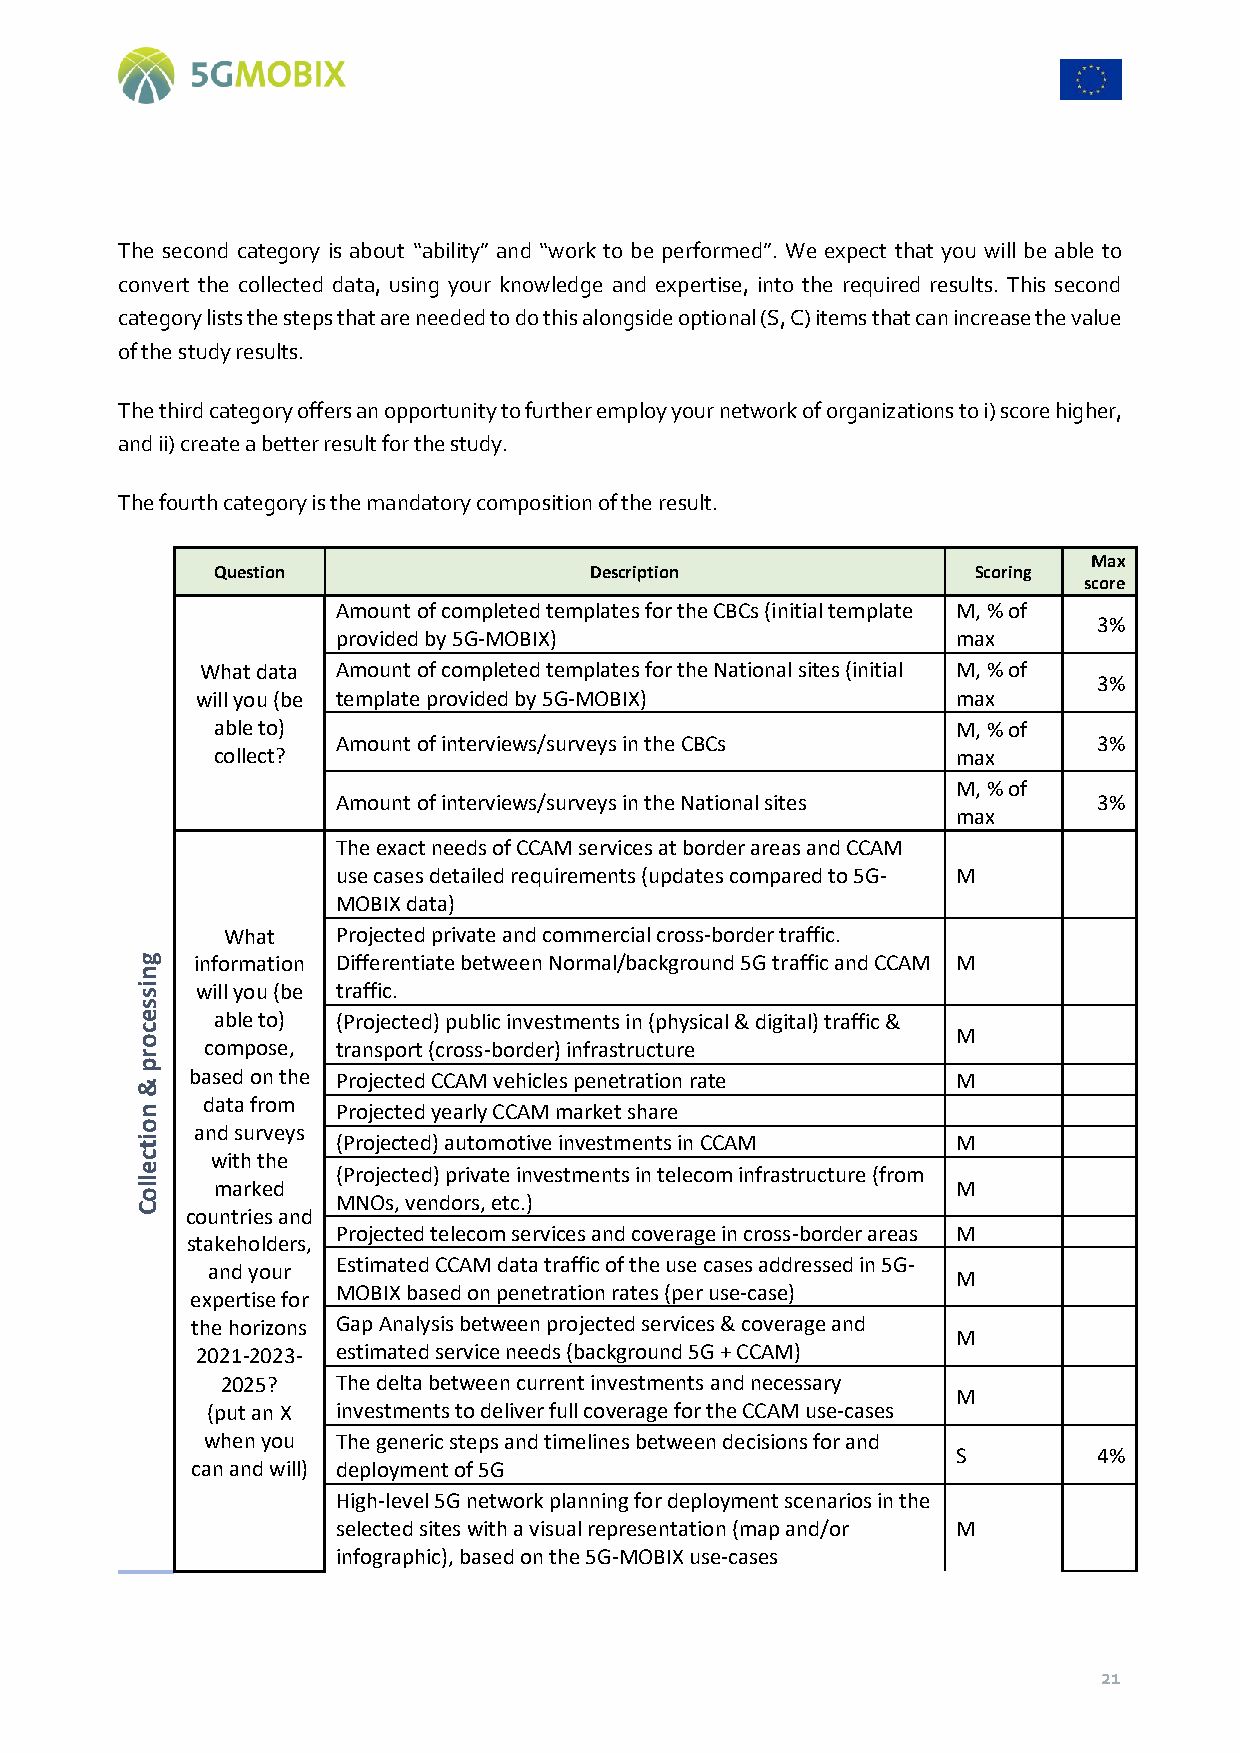
The second category is about “ability” and “work to be performed”. We expect that you will be able to
 convert the collected data, using your knowledge and expertise, into the required results. This second
 category lists the steps that are needed to do this alongside optional (S, C) items that can increase the value
 of the study results.
 The third category offers an opportunity to further employ your network of organizations to i) score higher,
 and ii) create a better result for the study.
 The fourth category is the mandatory composition of the result.
 Max
 Question                 Description               Scoring
 score
 Amount of completed templates for the CBCs (initial template M, % of
 3%
 provided by 5G-MOBIX)                    max
 What data Amount of completed templates for the National sites (initial M, % of
 3%
 will you (be template provided by 5G-MOBIX)       max
 able to)                                         M, % of
 Amount of interviews/surveys in the CBCs           3%
 collect?                                         max
 M, % of
 Amount of interviews/surveys in the National sites 3%
 max
 The exact needs of CCAM services at border areas and CCAM
 use cases detailed requirements (updates compared to 5G- M
 MOBIX data)
 What   Projected private and commercial cross-border traffic.
 g   information Differentiate between Normal/background 5G traffic and CCAM M
 n
 si  will you (be traffic.
 s
 ce   able to) (Projected) public investments in (physical & digital) traffic &
 M
 o    compose, transport (cross-border) infrastructure
 r
 p
 based on the Projected CCAM vehicles penetration rate M
 &
 n
 data from
 Projected yearly CCAM market share
 o   and surveys
 ti           (Projected) automotive investments in CCAM M
 c    with the
 lle
 marked
 (Projected) private investments in telecom infrastructure (from
 M
 o            MNOs, vendors, etc.)
 C  countries and
 Projected telecom services and coverage in cross-border areas M
 stakeholders,
 and your
 Estimated CCAM data traffic of the use cases addressed in 5G-
 M
 MOBIX based on penetration rates (per use-case)
 expertise for
 the horizons Gap Analysis between projected services & coverage and
 M
 2021-2023- estimated service needs (background 5G + CCAM)
 2025?  The delta between current investments and necessary
 M
 (put an X investments to deliver full coverage for the CCAM use-cases
 when you The generic steps and timelines between decisions for and
 S         4%
 can and will) deployment of 5G
 High-level 5G network planning for deployment scenarios in the
 selected sites with a visual representation (map and/or M
 infographic), based on the 5G-MOBIX use-cases
 21